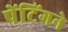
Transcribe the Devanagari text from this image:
पेंटिंगने